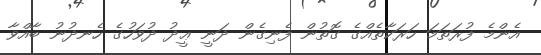
އެންމެ ފުރަތަމަ ހަރަކާތެއްގެ ގޮތުން ފެނިގެން ދަނީ ޢީދު ދުވަހުގެ ހެނދުނު ބާއްވާ